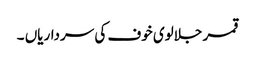
قمر جلالوی خوف کی سرداریاں ۔